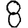
Digit: 8